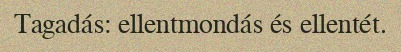
Tagadás: ellentmondás és ellentét.